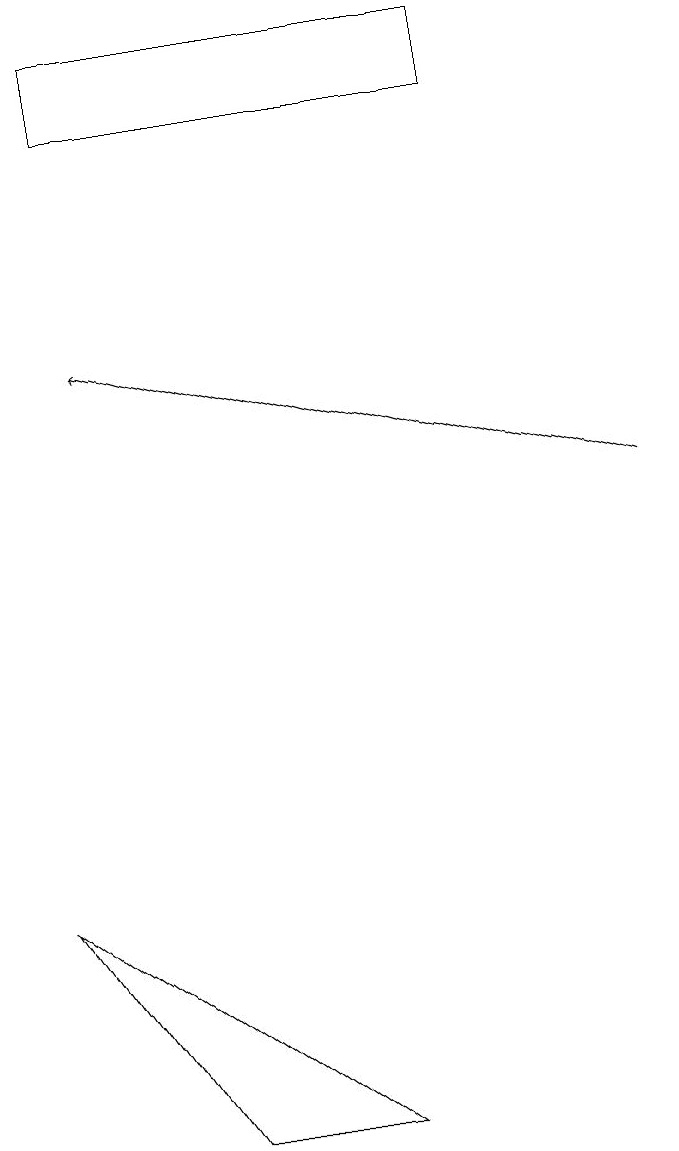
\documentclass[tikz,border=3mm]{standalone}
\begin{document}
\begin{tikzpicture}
\draw[->] (8,11) -- (1,13);
\draw (2,3) -- (0,6) -- (4,3) -- cycle;
\draw (1,16) rectangle (6,17);
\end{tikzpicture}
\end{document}